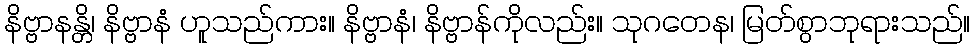
နိဗ္ဗာနန္တိ၊ နိဗ္ဗာနံ ဟူသည်ကား။ နိဗ္ဗာနံ၊ နိဗ္ဗာန်ကိုလည်း။ သုဂတေန၊ မြတ်စွာဘုရားသည်။